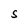
Character: S